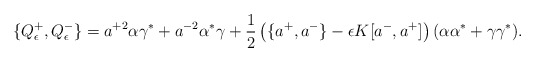
\begin{align*}\{Q^{+}_{\epsilon},Q^{-}_{\epsilon}\}=a^{+2}\alpha\gamma^{*}+a^{-2}\alpha^{*}\gamma+\frac{1}{2}\left(\{a^{+},a^{-}\}-\epsilon K[a^{-},a^{+}]\right)(\alpha\alpha^{*}+\gamma\gamma^{*}).\end{align*}